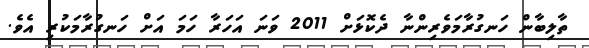
ތާލިބާން ހަނގުރާމަވެރިންނާ ދެކޮޅަށް 2011 ވަނަ އަހަރާ ހަމަ އަށް ހަނގުރާމަކުރި އެވެ.